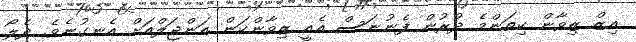
އިޒް ޒިވާން ކިތަންމެ ދުރުން ފެނުނަސް އެއީ ޒިވާންކަން އަންޖަލްއަށް އެނގުނެވެ. ދެލޯ